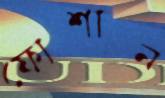
ফোশান